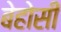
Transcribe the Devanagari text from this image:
बेहोसी